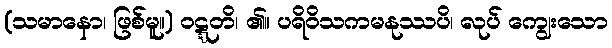
(သမာနော၊ ဖြစ်မူ။) ဝဋ္ဋတိ၊ ၏။ ပရိဝိသကမနုဿပိ၊ လုပ် ကျွေးသော